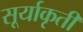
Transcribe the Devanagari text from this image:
सूर्याकृती